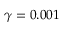
\gamma = 0 . 0 0 1